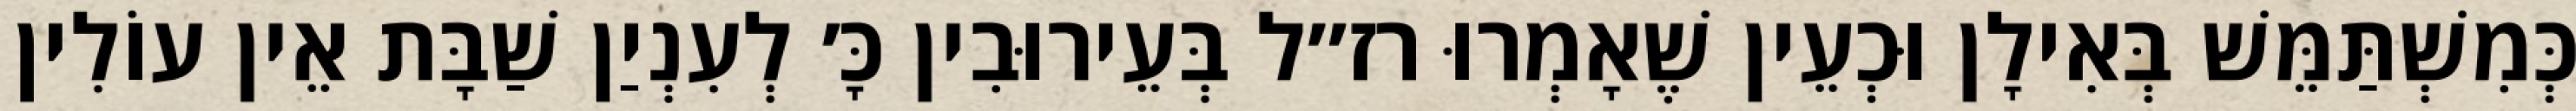
כְּמִשְׁתַּמֵּשׁ בְּאִילָן וּכְעֵין שֶׁאָמְרוּ רז״ל בְּעֵירוּבִין כָּ׳ לְעִנְיַן שַׁבָּת אֵין עוֹלִין